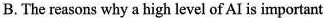
B.The reasons why a high level of AI is important